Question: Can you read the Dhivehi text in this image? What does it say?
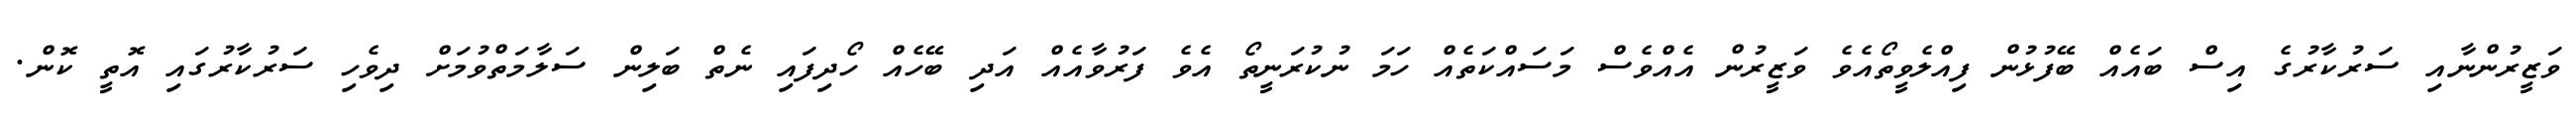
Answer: ވަޒީރުންނާއި ސަރުކާރުގެ އިސް ބައެއް ބޭފުޅުން ފިއްލެވީތޯއެވެ ވަޒީރުން އެއްވެސް މަސައްކަތެއް ހަމަ ނުކުރަނީތޯ އެވެ ފަރުވާއެއް އަދި ބޭހެއް ހޯދިފައި ނެތް ބަލިން ސަލާމަތްވުމަށް ދިވެހި ސަރުކާރުގައި އޮތީ ކޮން.